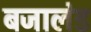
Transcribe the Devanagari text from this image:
बजालंड